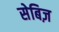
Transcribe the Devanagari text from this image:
सेबिज़